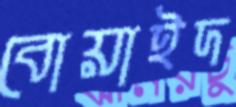
বোয়াইদ